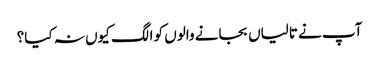
آپ نے تالیاں بجانے والوں کو الگ کیوں نہ کیا؟